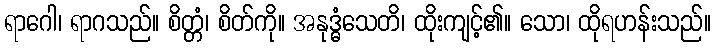
ရာဂေါ၊ ရာဂသည်။ စိတ္တံ၊ စိတ်ကို။ အနုဒ္ဓံသေတိ၊ ထိုးကျင့်၏။ သော၊ ထိုရဟန်းသည်။